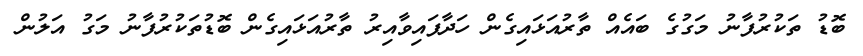
ބޮޑު ތަކުރުފާނު މަގުގެ ބައެއް ތާރުއަޅައިގެން ހަދާފައިވާއިރު ތާރުއަޅައިގެން ބޮޑުތަކުރުފާނު މަގު އަލުން